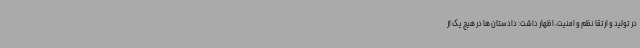
در تولید و ارتقا نظم و امنیت، اظهار داشت: دادستان ها در هیچ یک از